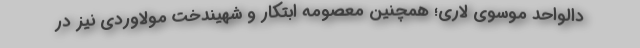
دالواحد موسوی لاری؛ همچنین معصومه ابتکار و شهیندخت مولاوردی نیز در